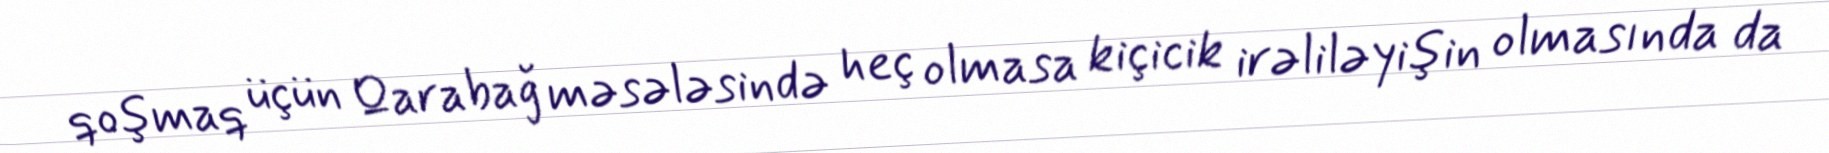
qoşmaq üçün Qarabağ məsələsində heç olmasa kiçicik irəliləyişin olmasında da